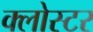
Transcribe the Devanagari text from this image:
क्लोस्टर